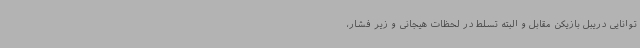
توانایی دریبل بازیکن مقابل و البته تسلط در لحظات هیجانی و زیر فشار،